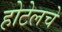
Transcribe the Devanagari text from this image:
होटेलचे